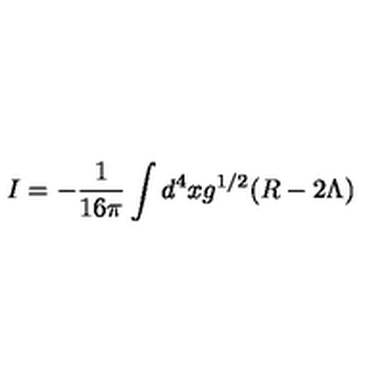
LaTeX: I = - { \frac { 1 } { 1 6 \pi } } \int d ^ { 4 } x g ^ { 1 / 2 } ( R - 2 \Lambda )